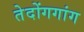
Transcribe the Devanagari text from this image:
तेदोंगगांग